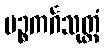
ပဉ္စကင်္ဂသုတ္တံ